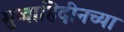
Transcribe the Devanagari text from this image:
मुजाहिदीनच्या